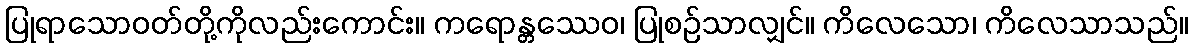
ပြုရာသောဝတ်တို့ကိုလည်းကောင်း။ ကရောန္တဿေဝ၊ ပြုစဉ်သာလျှင်။ ကိလေသော၊ ကိလေသာသည်။